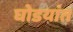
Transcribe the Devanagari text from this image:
घोडयांत